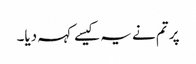
پر تم نے یہ کیسے کہہ دیا۔